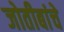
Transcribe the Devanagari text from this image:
जोतीबांचे